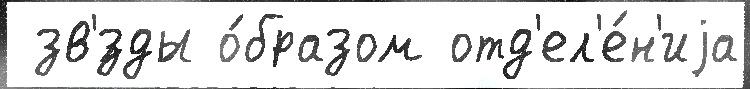
 зв'́зды о́бразом отд'ел'е́н'иjа